Vaccination report Assam 1874-1896 - 1874-1896
Year: 1874
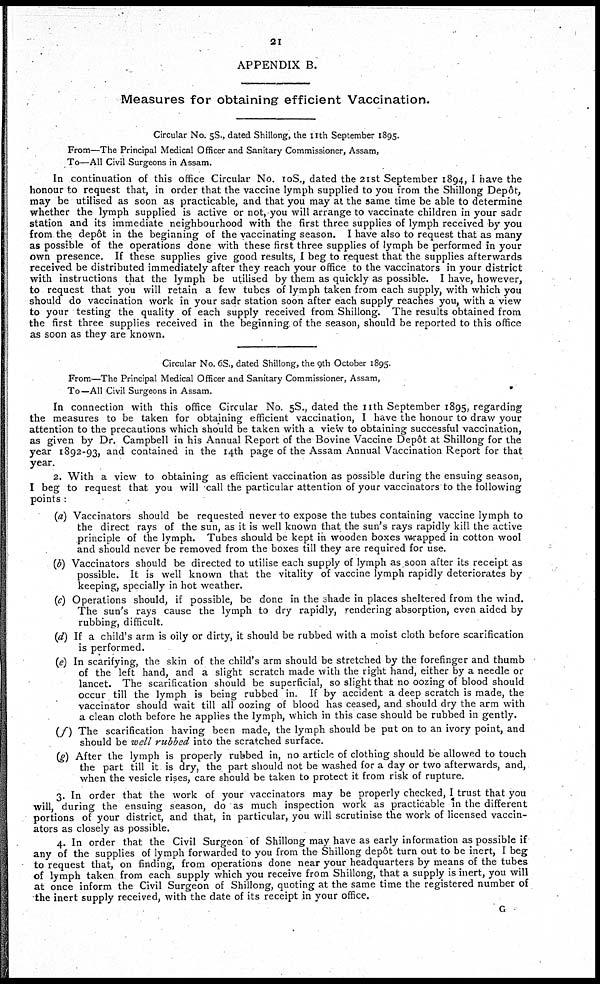
21
APPENDIX B.
Measures for obtaining efficient Vaccination.
Circular No. 5S., dated Shillong, the 11th September 1895.
From—The Principal Medical Officer and Sanitary Commissioner, Assam,
To—All Civil Surgeons in Assam.
In continuation of this office Circular No. 10S., dated the 21st September 1894, I have the
honour to request that, in order that the vaccine lymph supplied to you from the Shillong Depôt,
may be utilised as soon as practicable, and that you may at the same time be able to determine
whether the lymph supplied is active or not, you will arrange to vaccinate children in your sadr
station and its immediate neighbourhood with the first three supplies of lymph received by you
from the depôt in the beginning of the vaccinating season. I have also to request that as many
as possible of the operations done with these first three supplies of lymph be performed in your
own presence. If these supplies give good results, I beg to request that the supplies afterwards
received be distributed immediately after they reach your office to the vaccinators in your district
with instructions that the lymph be utilised by them as quickly as possible. I have, however,
to request that you will retain a few tubes of lymph taken from each supply, with which you
should do vaccination work in your sadr station soon after each supply reaches you, with a view
to your testing the quality of each supply received from Shillong. The results obtained from
the first three supplies received in the beginning of the season, should be reported to this office
as soon as they are known.
Circular No. 6S., dated Shillong, the 9th October 1895.
From—The Principal Medical Officer and Sanitary Commissioner, Assam,
To—All Civil Surgeons in Assam.
In connection with this office Circular No. 5S., dated the 11th September 1895, regarding
the measures to be taken for obtaining efficient vaccination, I have the honour to draw your
attention to the precautions which should be taken with a view to obtaining successful vaccination,
as given by Dr. Campbell in his Annual Report of the Bovine Vaccine Depôt at Shillong for the
year 1892-93, and contained in the 14th page of the Assam Annual Vaccination Report for that
year.
2. With a view to obtaining as efficient vaccination as possible during the ensuing season,
I beg to request that you will call the particular attention of your vaccinators to the following
points :
(a) Vaccinators should be requested never to expose the tubes containing vaccine lymph to
the direct rays of the sun, as it is well known that the sun's rays rapidly kill the active
principle of the lymph. Tubes should be kept in wooden boxes wrapped in cotton wool
and should never be removed from the boxes till they are required for use.
(b) Vaccinators should be directed to utilise each supply of lymph as soon after its receipt as
possible. It is well known that the vitality of vaccine lymph rapidly deteriorates by
keeping, specially in hot weather.
(c) Operations should, if possible, be done in the shade in places sheltered from the wind.
The sun's rays cause the lymph to dry rapidly, rendering absorption, even aided by
rubbing, difficult.
(d) If a child's arm is oily or dirty, it should be rubbed with a moist cloth before scarification
is performed.
(e) In scarifying, the skin of the child's arm should be stretched by the forefinger and thumb
of the left hand, and a slight scratch made with the right hand, either by a needle or
lancet. The scarification should be superficial, so slight that no oozing of blood should
occur till the lymph is being rubbed in. If by accident a deep scratch is made, the
vaccinator should wait till all oozing of blood has ceased, and should dry the arm with
a clean cloth before he applies the lymph, which in this case should be rubbed in gently.
(f) The scarification having been made, the lymph should be put on to an ivory point, and
should be well rubbed into the scratched surface.
(g) After the lymph is properly rubbed in, no article of clothing should be allowed to touch
the part till it is dry, the part should not be washed for a day or two afterwards, and,
when the vesicle rises, care should be taken to protect it from risk of rupture.
3. In order that the work of your vaccinators may be properly checked, I trust that you
will, during the ensuing season, do as much inspection work as practicable in the different
portions of your district, and that, in particular, you will scrutinise the work of licensed vaccin-
ators as closely as possible.
4. In order that the Civil Surgeon of Shillong may have as early information as possible if
any of the supplies of lymph forwarded to you from the Shillong depôt turn out to be inert, I beg
to request that, on finding, from operations done near your headquarters by means of the tubes
of lymph taken from each supply which you receive from Shillong, that a supply is inert, you will
at once inform the Civil Surgeon of Shillong, quoting at the same time the registered number of
the inert supply received, with the date of its receipt in your office.
G